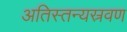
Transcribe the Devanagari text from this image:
अतिस्तन्यस्रवण